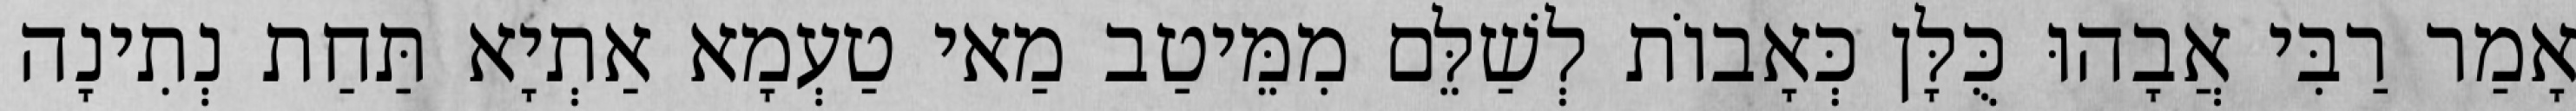
אָמַר רַבִּי אֲבָהוּ כֻּלָּן כְּאָבוֹת לְשַׁלֵּם מִמֵּיטַב מַאי טַעְמָא אַתְיָא תַּחַת נְתִינָה